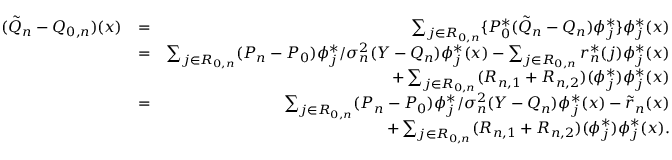
\begin{array} { r l r } { ( \tilde { Q } _ { n } - Q _ { 0 , n } ) ( x ) } & { = } & { \sum _ { j \in { \cal R } _ { 0 , n } } \{ P _ { 0 } ^ { * } ( \tilde { Q } _ { n } - Q _ { n } ) \phi _ { j } ^ { * } \} \phi _ { j } ^ { * } ( x ) } \\ & { = } & { \sum _ { j \in { \cal R } _ { 0 , n } } ( P _ { n } - P _ { 0 } ) \phi _ { j } ^ { * } / \sigma _ { n } ^ { 2 } ( Y - { Q _ { n } } ) \phi _ { j } ^ { * } ( x ) - \sum _ { j \in { \cal R } _ { 0 , n } } r _ { n } ^ { * } ( j ) \phi _ { j } ^ { * } ( x ) } \\ & { } & { + \sum _ { j \in { \cal R } _ { 0 , n } } ( R _ { n , 1 } + R _ { n , 2 } ) ( \phi _ { j } ^ { * } ) \phi _ { j } ^ { * } ( x ) } \\ & { = } & { \sum _ { j \in { \cal R } _ { 0 , n } } ( P _ { n } - P _ { 0 } ) \phi _ { j } ^ { * } / \sigma _ { n } ^ { 2 } ( Y - { Q _ { n } } ) \phi _ { j } ^ { * } ( x ) - \tilde { r } _ { n } ( x ) } \\ & { } & { + \sum _ { j \in { \cal R } _ { 0 , n } } ( R _ { n , 1 } + R _ { n , 2 } ) ( \phi _ { j } ^ { * } ) \phi _ { j } ^ { * } ( x ) . } \end{array}